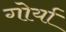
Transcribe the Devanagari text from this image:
गोर्या